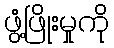
ဖွံ့ဖြိုးမှုကို